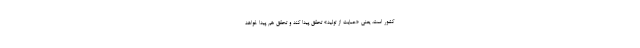
کشور است، یعنی «حمایت از تولید» تحقق پیدا کند و تحقق هم پیدا خواهد